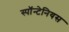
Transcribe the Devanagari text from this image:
स्पॉन्टेनियस